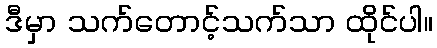
ဒီမှာ သက်တောင့်သက်သာ ထိုင်ပါ။